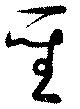
聖